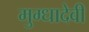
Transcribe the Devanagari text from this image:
मुग्धादेवी